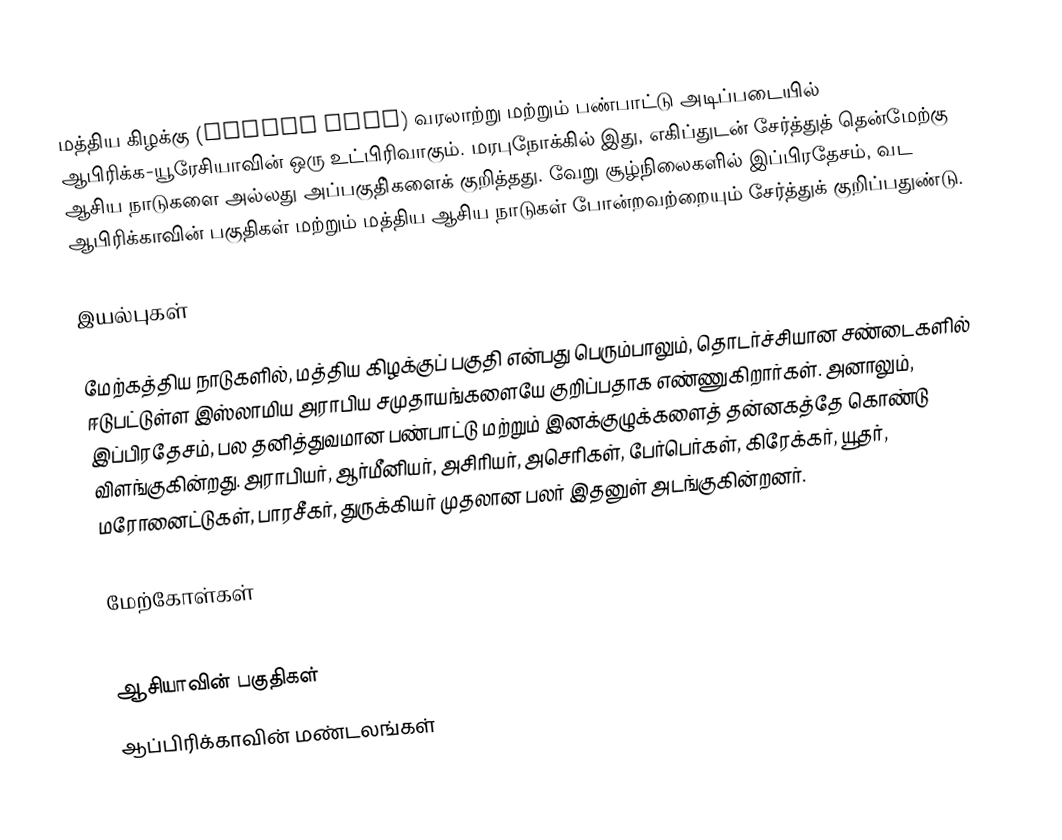
மத்திய கிழக்கு (Middle East) வரலாற்று மற்றும் பண்பாட்டு அடிப்படையில் ஆபிரிக்க-யூரேசியாவின் ஒரு உட்பிரிவாகும். மரபுநோக்கில் இது, எகிப்துடன் சேர்த்துத் தென்மேற்கு ஆசிய நாடுகளை அல்லது அப்பகுதி்களைக் குறித்தது. வேறு சூழ்நிலைகளில் இப்பிரதேசம், வட ஆபிரிக்காவின் பகுதிகள் மற்றும் மத்திய ஆசிய நாடுகள் போன்றவற்றையும் சேர்த்துக் குறிப்பதுண்டு.

இயல்புகள்

மேற்கத்திய நாடுகளில், மத்திய கிழக்குப் பகுதி என்பது பெரும்பாலும், தொடர்ச்சியான சண்டைகளில் ஈடுபட்டுள்ள இஸ்லாமிய அராபிய சமுதாயங்களையே குறிப்பதாக எண்ணுகிறார்கள். அனாலும், இப்பிரதேசம், பல தனித்துவமான பண்பாட்டு மற்றும் இனக்குழுக்களைத் தன்னகத்தே கொண்டு விளங்குகின்றது. அராபியர், ஆர்மீனியர், அசிரியர், அசெரிகள், பேர்பெர்கள், கிரேக்கர், யூதர், மரோனைட்டுகள், பாரசீகர், துருக்கியர் முதலான பலர் இதனுள் அடங்குகின்றனர்.

மேற்கோள்கள்

ஆசியாவின் பகுதிகள்
ஆப்பிரிக்காவின் மண்டலங்கள்